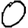
Digit: 0